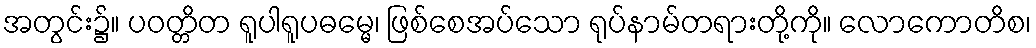
အတွင်း၌။ ပဝတ္တိတ ရူပါရူပဓမ္မေ၊ ဖြစ်စေအပ်သော ရုပ်နာမ်တရားတို့ကို။ လောကောတိစ၊